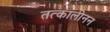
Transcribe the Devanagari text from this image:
तत्कालीनन